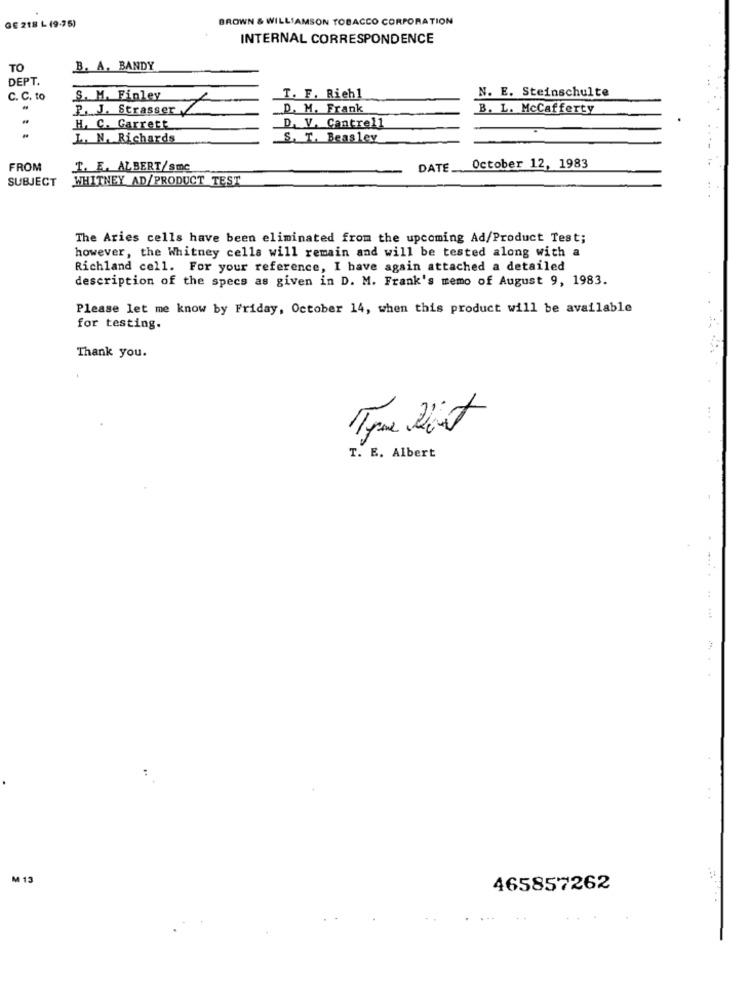
GE 218 L (9-75)
BROWN & WILLIAMSON TOBACCO CORPORATION
INTERNAL CORRESPONDENCE
TO
B. A. BANDY
DEPT.
N. E. Steinschulte
C. C. to
S. M. Finley
T. F. Riehl
2. J. Strasser 7
D. M. Frank
B. L. McCafferty
H. C. Garrett
D. V. Cantrell
L. N. Richards
S. T. Beasley
FROM
I. E. ALBERT/Smc
DATE
October 12, 1983
SUBJECT
WHITNEY AD/PRODUCT TEST
The Aries cells have been eliminated from the upcoming Ad/Product Test;
however, the Whitney cells will remain and will be tested along with a
Richland cell. For your reference, I have again attached a detailed
description of the specs as given in D. M. Frank's memo of August 9, 1983.
Please let me know by Friday, October 14, when this product will be available
for testing.
Thank you.
T. E. Albert
M 13
465857262